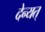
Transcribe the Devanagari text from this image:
देन्यत्